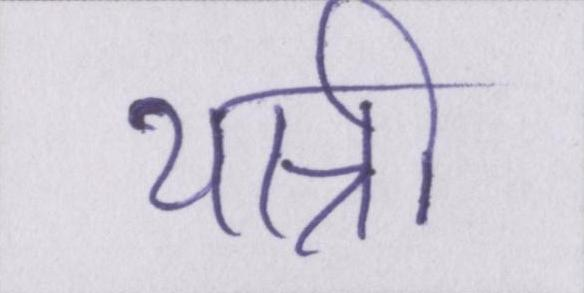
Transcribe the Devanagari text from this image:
यात्री